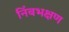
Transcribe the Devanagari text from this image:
निंबभक्षण